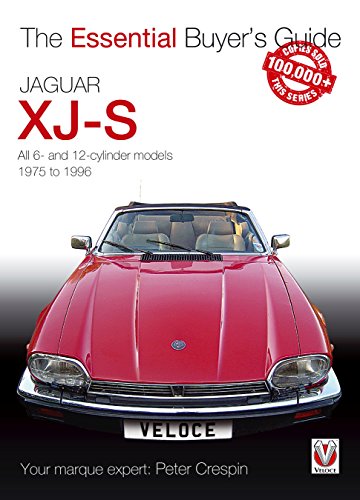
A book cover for Jaguar XJ-S: The Essential Buyer's Guide; Peter Crespin; Engineering & Transportation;